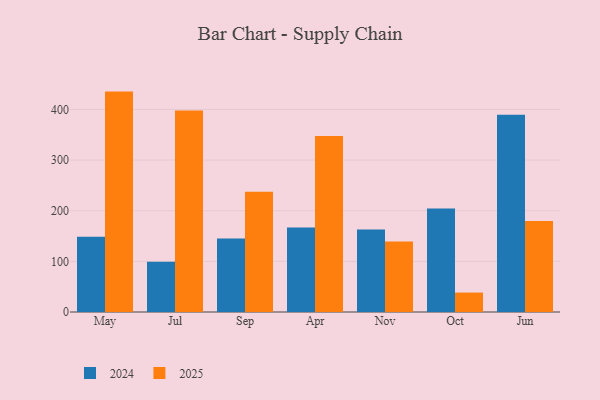
{"axis": {"x": "Month", "y": "Satisfaction Score"}, "legend": ["2024", "2025"], "data": [{"x": "May", "y": 148.4, "type": "2024"}, {"x": "May", "y": 435.2, "type": "2025"}, {"x": "Jul", "y": 99.2, "type": "2024"}, {"x": "Jul", "y": 397.8, "type": "2025"}, {"x": "Sep", "y": 145.1, "type": "2024"}, {"x": "Sep", "y": 237.2, "type": "2025"}, {"x": "Apr", "y": 166.8, "type": "2024"}, {"x": "Apr", "y": 347.6, "type": "2025"}, {"x": "Nov", "y": 162.8, "type": "2024"}, {"x": "Nov", "y": 139.4, "type": "2025"}, {"x": "Oct", "y": 204.3, "type": "2024"}, {"x": "Oct", "y": 38.4, "type": "2025"}, {"x": "Jun", "y": 389.5, "type": "2024"}, {"x": "Jun", "y": 179.6, "type": "2025"}]}